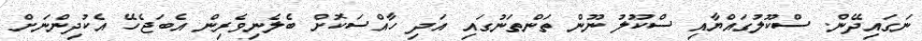
ނަގައިދޭން. ސްކޫލުގައްޔާއި ސްކޫލު ނޫން ތަންތަނުގައި އަދި ހާއްސަކޮށް ބެލެނިވެރިން އެބަޖެހޭ އެކުދިންނަށް